Civil Veterinary Department Bihar & Orissa reports 1911-21 - 1911-1921
Year: 1911
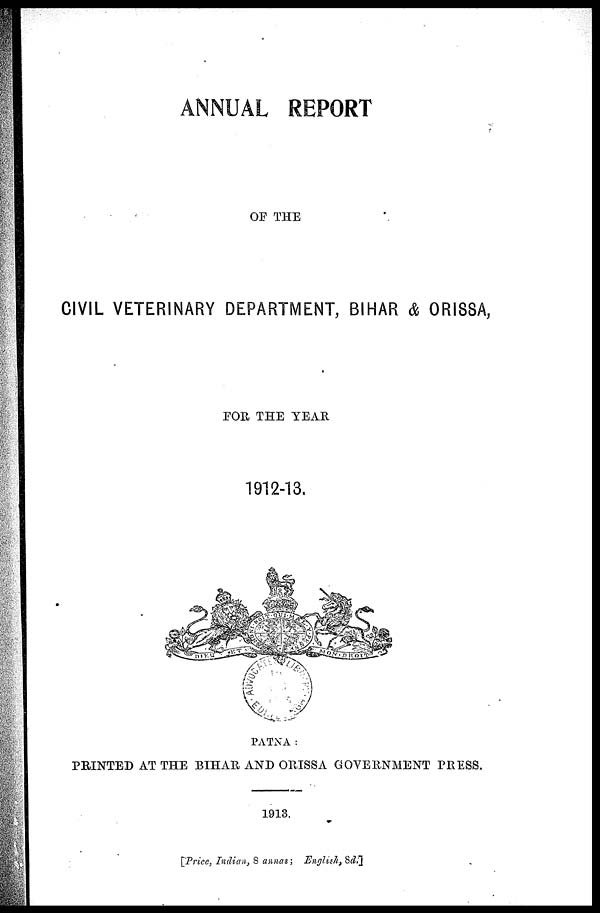
ANNUAL REPORT
OF THE
CIVIL VETERINARY DEPARTMENT, BIHAR & ORISSA,
FOR THE YEAR
1912-13.
PATNA :
PRINTED AT THE BIHAR AND ORISSA GOVERNMENT PRESS.
1913.
[Price, Indian, S annas; English, Sd.]